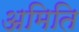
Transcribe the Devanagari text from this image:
अमिति